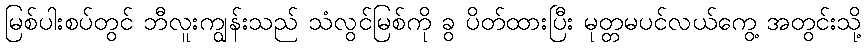
မြစ်ပါးစပ်တွင် ဘီလူးကျွန်းသည် သံလွင်မြစ်ကို ခွ ပိတ်ထားပြီး မုတ္တမပင်လယ်ကွေ့ အတွင်းသို့